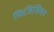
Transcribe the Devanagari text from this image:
फिजिसियन